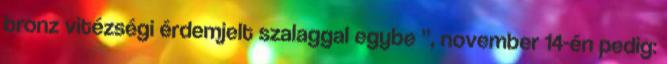
bronz vitézségi érdemjelt szalaggal egybe ”, november 14-én pedig: